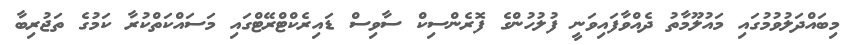
މިބައްދަލުވުމުގައި މައުލޫމާތު ދެއްވާފައިވަނީ ފުލުހުންގެ ފޮރެންސިކް ސާވިސް ޑައިރެކްޓްރޭޓްގައި މަސައްކަތްކުރާ ކަމުގެ ތަޖުރިބާ